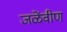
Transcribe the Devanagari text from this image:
जळेंवीण